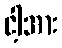
ငါ့အား